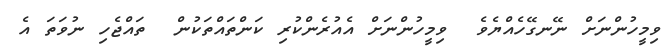
ވިމީހުންނަށް ނޭނގޭހެއްޔެވެ  ވިމީހުންނަށް އެއުރެންކުރި ކަންތައްތަކުން  ތައްޖެހި ނުވަތަ އެ